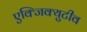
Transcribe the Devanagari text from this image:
एक्जिक्युटीव